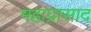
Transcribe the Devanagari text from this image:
महाप्रासाद